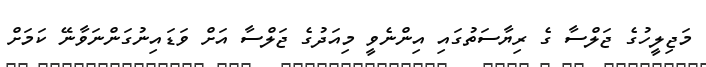
މަޖިލީހުގެ ޖަލްސާ ގެ ރިޔާސަތުގައި އިންނެވީ މިއަދުގެ ޖަލްސާ އަށް ވަޑައިނުގަންނަވާނޭ ކަމަށް